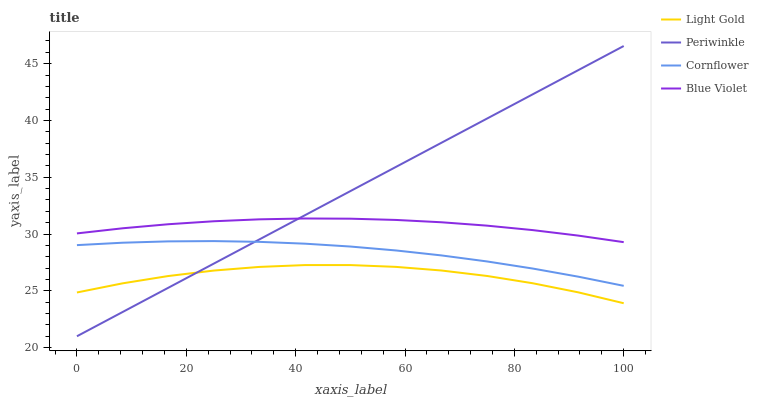
| xaxis_label | Light Gold | Periwinkle | Cornflower | Blue Violet |
 | --- | --- | --- | --- | --- |
 | 0 | 24.9 | 21 | 29 | 30.1 |
 | 8.33 | 25.7 | 23.1 | 29.2 | 30.5 |
 | 16.7 | 26.3 | 25.3 | 29.4 | 30.9 |
 | 25 | 26.8 | 27.4 | 29.4 | 31.1 |
 | 33.3 | 27.1 | 29.5 | 29.3 | 31.3 |
 | 41.7 | 27.3 | 31.6 | 29.2 | 31.4 |
 | 50 | 27.3 | 33.8 | 28.9 | 31.4 |
 | 58.3 | 27.1 | 35.9 | 28.6 | 31.2 |
 | 66.7 | 26.8 | 38 | 28.1 | 31 |
 | 75 | 26.3 | 40.2 | 27.6 | 30.7 |
 | 83.3 | 25.7 | 42.3 | 27 | 30.3 |
 | 91.7 | 24.9 | 44.4 | 26.2 | 29.9 |
 | 100 | 23.9 | 46.6 | 25.4 | 29.3 |